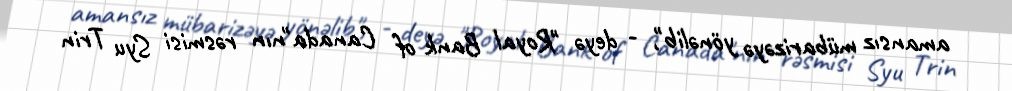
amansız mübarizəyə yönəlib", - deyə "Royal Bank of Canada"nın rəsmisi Syu Trin